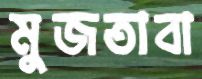
মুজতাবা